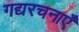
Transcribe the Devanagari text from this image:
गद्यरचनाएँ